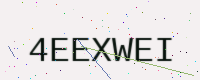
Text: 4EEXWEI